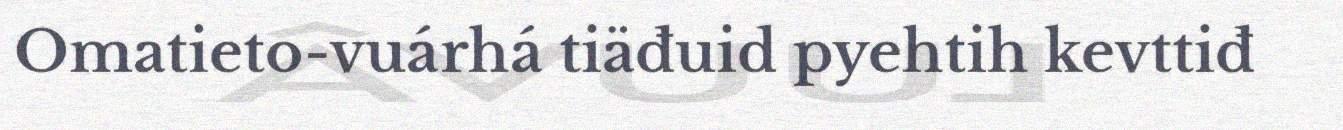
Omatieto-vuárhá tiäđuid pyehtih kevttiđ